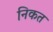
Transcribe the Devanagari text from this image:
निकत